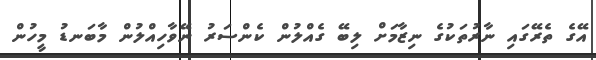
އޭގެ ތެރޭގައި ނާރުތަކުގެ ނިޒާމަށް ލިބޭ ގެއްލުން ކެންސަރު ނޭވާހިއްލުން މާބަނޑު މީހުން